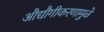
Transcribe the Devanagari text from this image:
औद्यौगीकरणामुळे